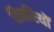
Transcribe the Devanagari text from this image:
तिबरियों